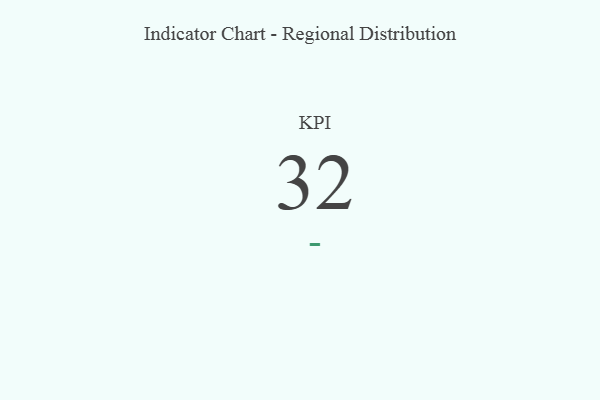
{"axis": {"x": "KPI", "y": "Value"}, "legend": [""], "data": [{"x": "KPI", "y": 32, "type": ""}]}